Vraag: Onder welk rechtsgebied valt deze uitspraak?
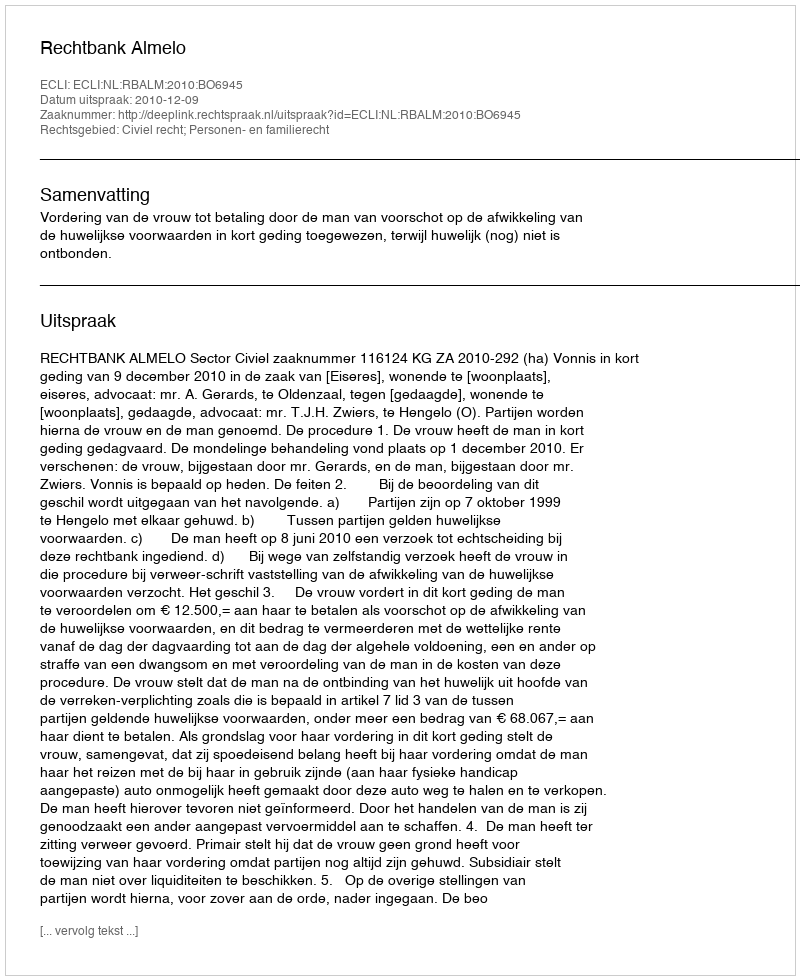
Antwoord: Civiel recht; Personen- en familierecht